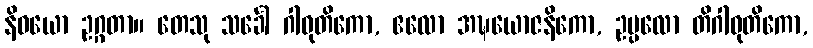
နိဓယော ဥဂ္ဂတာ။ တေသု သင်္ခေါ ဂါဝုတိကော, ဧလော အဍ္ဎယောဇနိကော, ဥပ္ပလော တိဂါဝုတိကော,